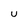
Character: u